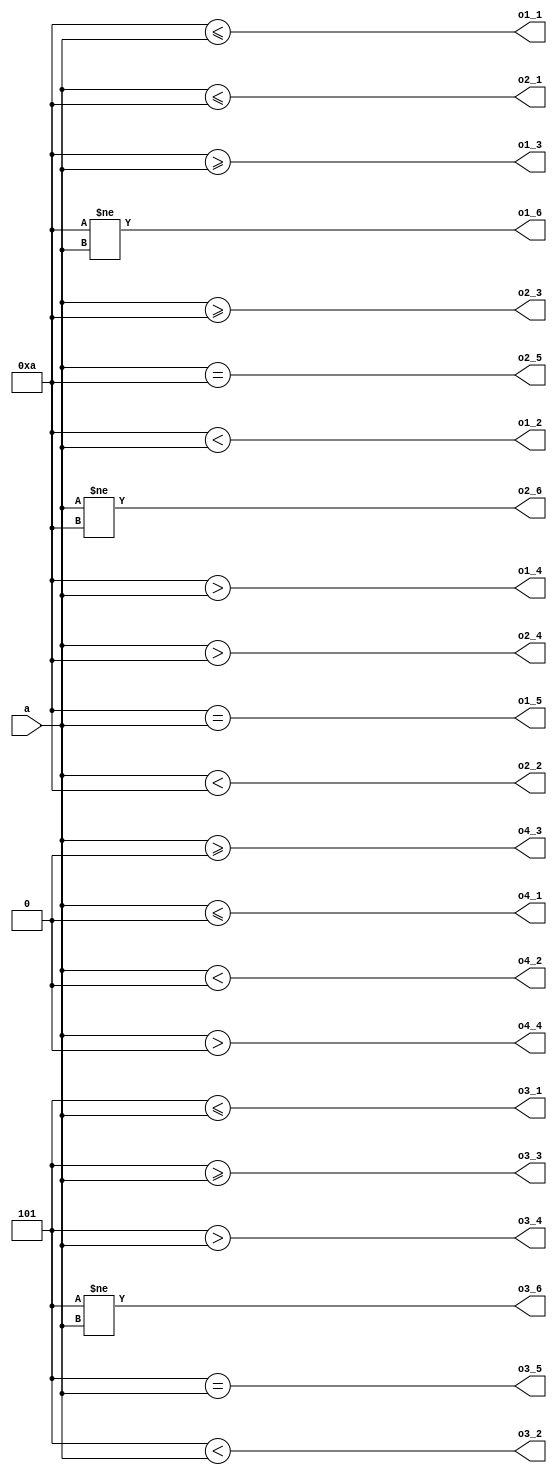
module top(...);
	parameter LUT_WIDTH = 4; // Multiples of 2 only
	input [LUT_WIDTH-1:0] a;

	output o1_1 = {(LUT_WIDTH/2){2'b10}} <= a;
	output o1_2 = {(LUT_WIDTH/2){2'b10}} <  a;
	output o1_3 = {(LUT_WIDTH/2){2'b10}} >= a;
	output o1_4 = {(LUT_WIDTH/2){2'b10}} >  a;
	output o1_5 = {(LUT_WIDTH/2){2'b10}} == a;
	output o1_6 = {(LUT_WIDTH/2){2'b10}} != a;

	output o2_1 = a <= {(LUT_WIDTH/2){2'b10}};
	output o2_2 = a <  {(LUT_WIDTH/2){2'b10}};
	output o2_3 = a >= {(LUT_WIDTH/2){2'b10}};
	output o2_4 = a >  {(LUT_WIDTH/2){2'b10}};
	output o2_5 = a == {(LUT_WIDTH/2){2'b10}};
	output o2_6 = a != {(LUT_WIDTH/2){2'b10}};

	output o3_1 = {(LUT_WIDTH/2){2'sb01}} <= $signed(a);
	output o3_2 = {(LUT_WIDTH/2){2'sb01}} <  $signed(a);
	output o3_3 = {(LUT_WIDTH/2){2'sb01}} >= $signed(a);
	output o3_4 = {(LUT_WIDTH/2){2'sb01}} >  $signed(a);
	output o3_5 = {(LUT_WIDTH/2){2'sb01}} == $signed(a);
	output o3_6 = {(LUT_WIDTH/2){2'sb01}} != $signed(a);

	output o4_1 = $signed(a) <= {LUT_WIDTH{1'sb0}};
	output o4_2 = $signed(a) <  {LUT_WIDTH{1'sb0}};
	output o4_3 = $signed(a) >= {LUT_WIDTH{1'sb0}};
	output o4_4 = $signed(a) >  {LUT_WIDTH{1'sb0}};
endmodule